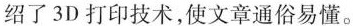
绍了3D打印技术,使文章通俗易懂。